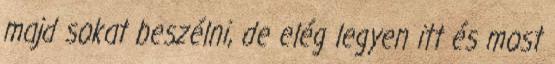
majd sokat beszélni, de elég legyen itt és most